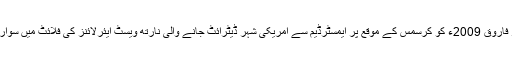
عمر فاروق 2009ء کو کرسمس کے موقع پر ایمسٹرڈیم سے امریکی شہر ڈیٹرائٹ جانے والی نارتھ ویسٹ ایئرلائنز کی فلائٹ میں سوار تھا۔